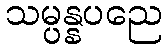
သမ္ပန္နပညေ